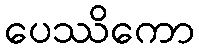
ပေဿိကော